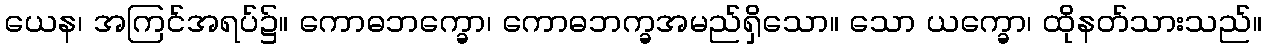
ယေန၊ အကြင်အရပ်၌။ ကောဓဘက္ခော၊ ကောဓဘက္ခအမည်ရှိသော။ သော ယက္ခော၊ ထိုနတ်သားသည်။